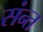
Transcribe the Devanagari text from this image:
संन्त